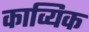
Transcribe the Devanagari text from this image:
काव्यिक